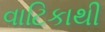
વાટિકાથી